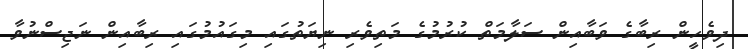
ދިވެހީން ރިބާގެ ވަބާއިން ސަލާމަތް ކުރުމުގެ މަތިވެރި ނިޔަތުގައި މިގައުމުގައި ރިބާއިން ނަޖިސްނުވާ